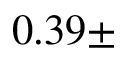
0 . 3 9 \pm